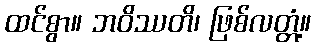
ထင်စွာ။ ဘဝိဿတိ၊ ဖြစ်လတ္တံ့။